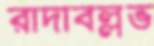
রাদাবল্লভ